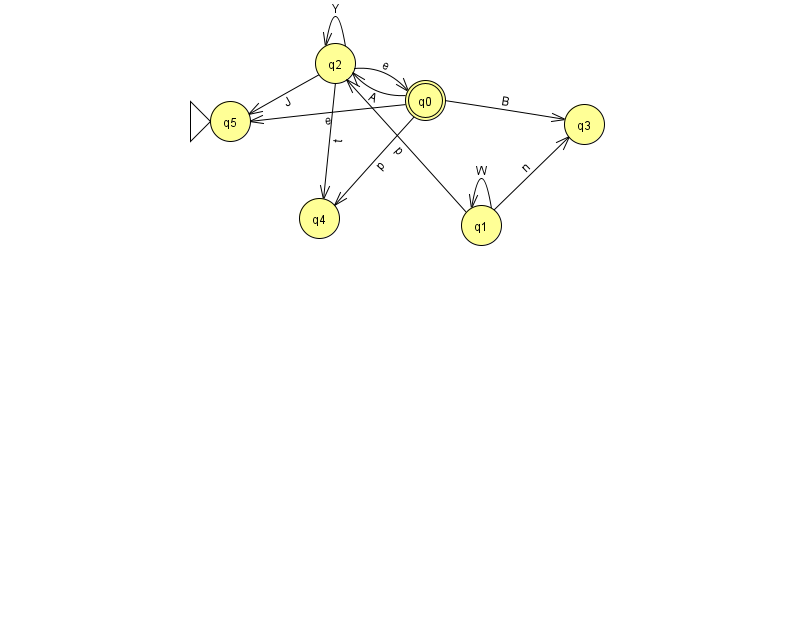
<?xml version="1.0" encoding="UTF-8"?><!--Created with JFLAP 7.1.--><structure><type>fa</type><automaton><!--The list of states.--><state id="0" name="q0"><x>425.0</x><y>87.0</y><final/></state><state id="1" name="q1"><x>481.0</x><y>212.0</y></state><state id="2" name="q2"><x>335.0</x><y>50.0</y></state><state id="3" name="q3"><x>584.0</x><y>111.0</y></state><state id="4" name="q4"><x>319.0</x><y>205.0</y></state><state id="5" name="q5"><x>230.0</x><y>108.0</y><initial/></state><!--The list of transitions.--><transition><from>2</from><to>4</to><read>t</read></transition><transition><from>1</from><to>1</to><read>W</read></transition><transition><from>1</from><to>3</to><read>n</read></transition><transition><from>0</from><to>2</to><read>A</read></transition><transition><from>1</from><to>2</to><read>p</read></transition><transition><from>2</from><to>2</to><read>Y</read></transition><transition><from>0</from><to>3</to><read>B</read></transition><transition><from>0</from><to>5</to><read>e</read></transition><transition><from>2</from><to>0</to><read>e</read></transition><transition><from>2</from><to>5</to><read>J</read></transition><transition><from>0</from><to>4</to><read>p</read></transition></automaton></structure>